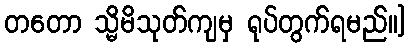
တတော သ္မိမိသုတ်ကျမှ ရုပ်တွက်ရမည်။]